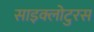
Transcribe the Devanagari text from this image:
साइक्लोटुरस